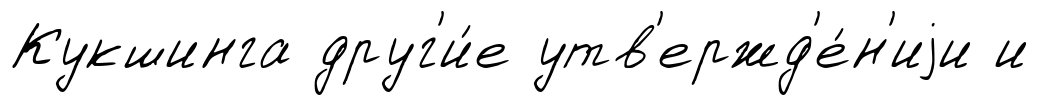
Кукшинга друг'и́е утв'ержд'е́н'иjи и